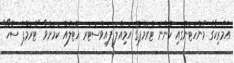
އެމެރިކާގެ މެންހަޓަންގައި ހުންނަ ޓްރަމްޕްގެ އަމިއްލަ ފައިވްސަޓަރ ހޮޓަލެއް ކަމަށްވާ "ޓްރަމްޕް ސޮހޯ"